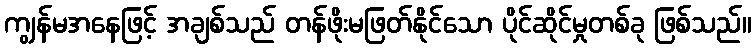
ကျွန်မအနေဖြင့် အချစ်သည် တန်ဖိုးမဖြတ်နိုင်သော ပိုင်ဆိုင်မှုတစ်ခု ဖြစ်သည်။